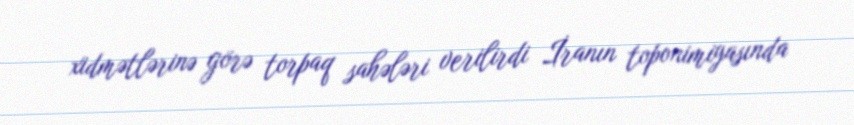
xidmətlərinə görə torpaq sahələri verilirdi İranın toponimiyasında